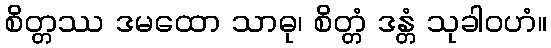
စိတ္တဿ ဒမထော သာဓု၊ စိတ္တံ ဒန္တံ သုခါဝဟံ။